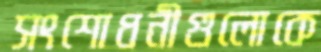
সংশোধনীগুলোকে